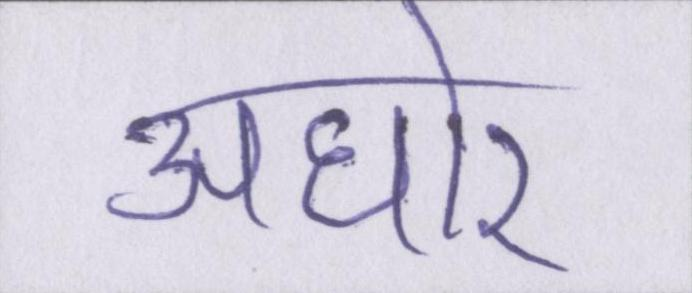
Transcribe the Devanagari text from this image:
अघोर